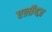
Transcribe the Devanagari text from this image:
एलॉयज़